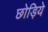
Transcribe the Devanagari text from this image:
छोड़िये